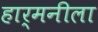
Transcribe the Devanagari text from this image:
हार्मनीला